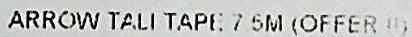
ARROW TALI TAPE 7.5M (OFFER)